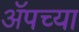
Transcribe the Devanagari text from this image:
ॲपच्या